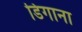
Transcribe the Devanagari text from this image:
डिगाना